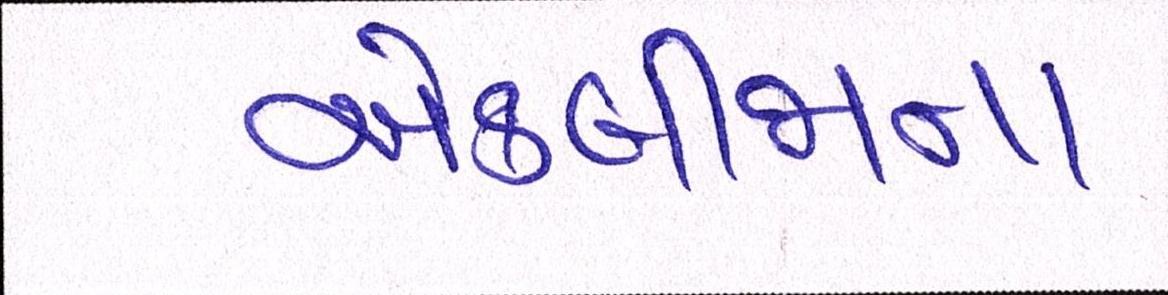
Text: એકબીજાના